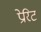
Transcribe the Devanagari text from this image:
प्रेरिट